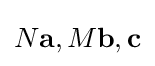
N\mathbf {a} ,M\mathbf {b} ,\mathbf {c}